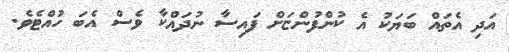
އަދި އެތައް ބަޔަކު އެ ކުންފުންޏަށް ފައިސާ ނުދައްކާ ވެސް އެބަ ހުއްޓެވެ.